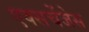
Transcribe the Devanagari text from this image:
एक्सचेंजेस